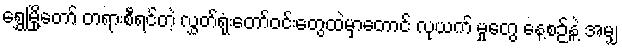
ရွှေမြို့တော် တရားစီရင်တဲ့ လွှတ်ရုံးတော်ဝင်းတွေထဲမှာတောင် လုယက် မှုတွေ နေ့စဉ်နဲ့ အမျှ